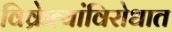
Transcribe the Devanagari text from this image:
विक्रेत्यांविरोधात